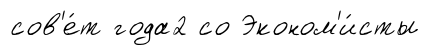
сов'е́т года2 со Эконом'и́сты